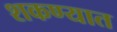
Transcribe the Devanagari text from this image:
शकण्यात